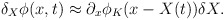
\begin{align*}\delta _{X}\phi (x,t)\approx \partial _{x}\phi _{K}(x-X(t))\delta X.\end{align*}